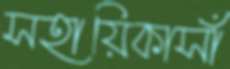
সহায়িকাসাঁ